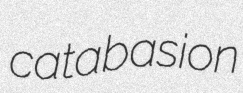
catabasion